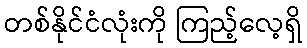
တစ်နိုင်ငံလုံးကို ကြည့်လေ့ရှိ